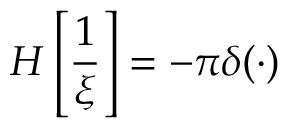
H \left[ \frac { 1 } { \xi } \right] = - \pi \delta ( \cdot )